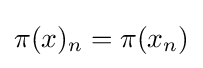
\pi (x)_{n}=\pi (x_{n})